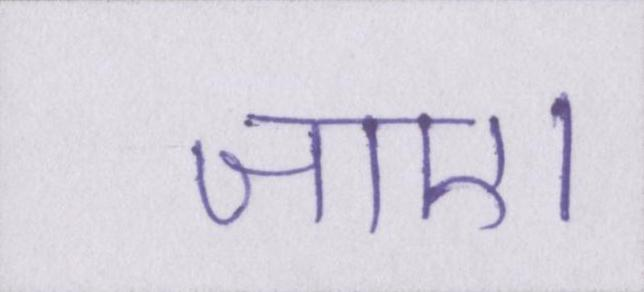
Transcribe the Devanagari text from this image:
जाए।